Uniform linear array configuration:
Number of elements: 48
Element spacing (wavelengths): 0.5
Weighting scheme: uniform
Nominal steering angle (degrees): -30
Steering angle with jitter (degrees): -28.887
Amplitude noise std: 0.05
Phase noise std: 0.05

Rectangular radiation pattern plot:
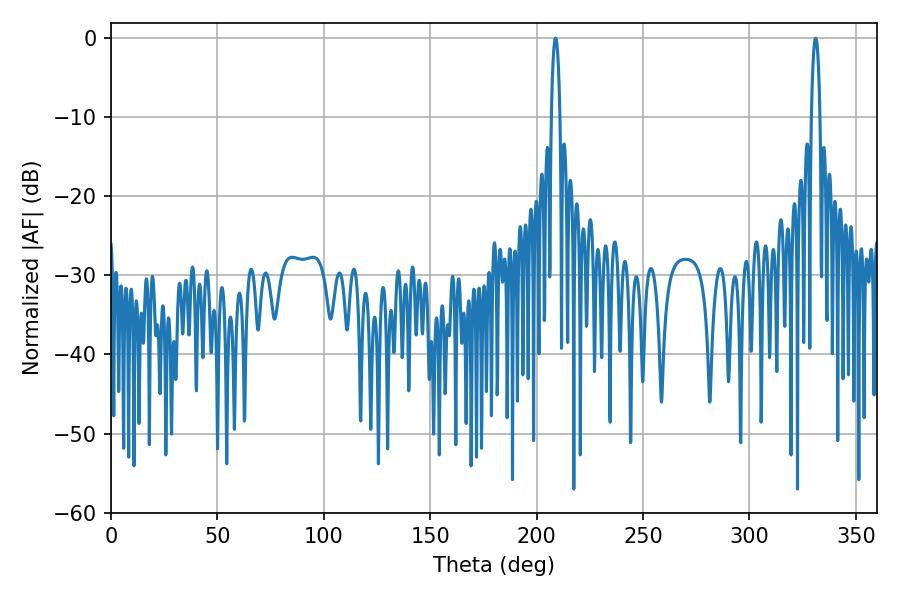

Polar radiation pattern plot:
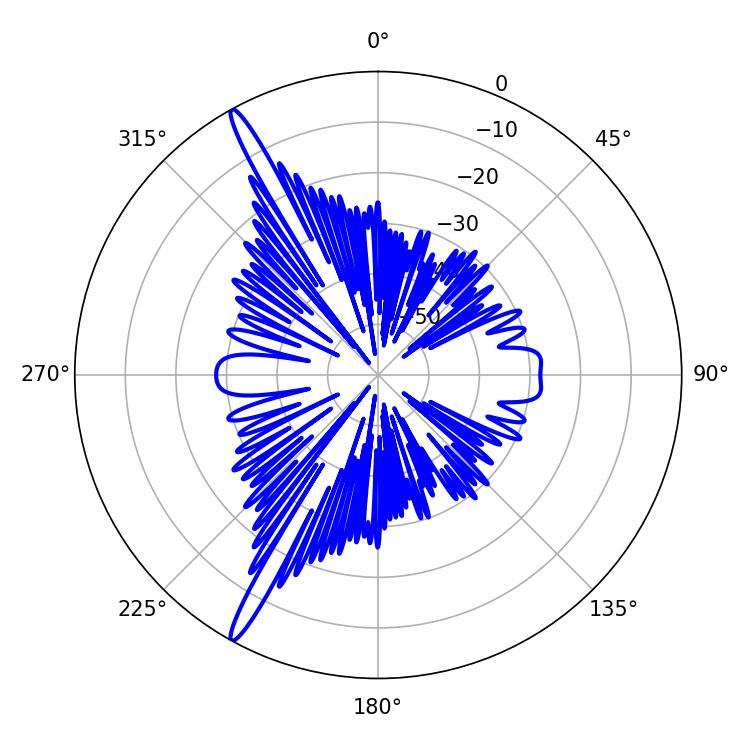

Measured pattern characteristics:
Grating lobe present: FALSE
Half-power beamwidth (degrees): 2.34
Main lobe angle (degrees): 331.02